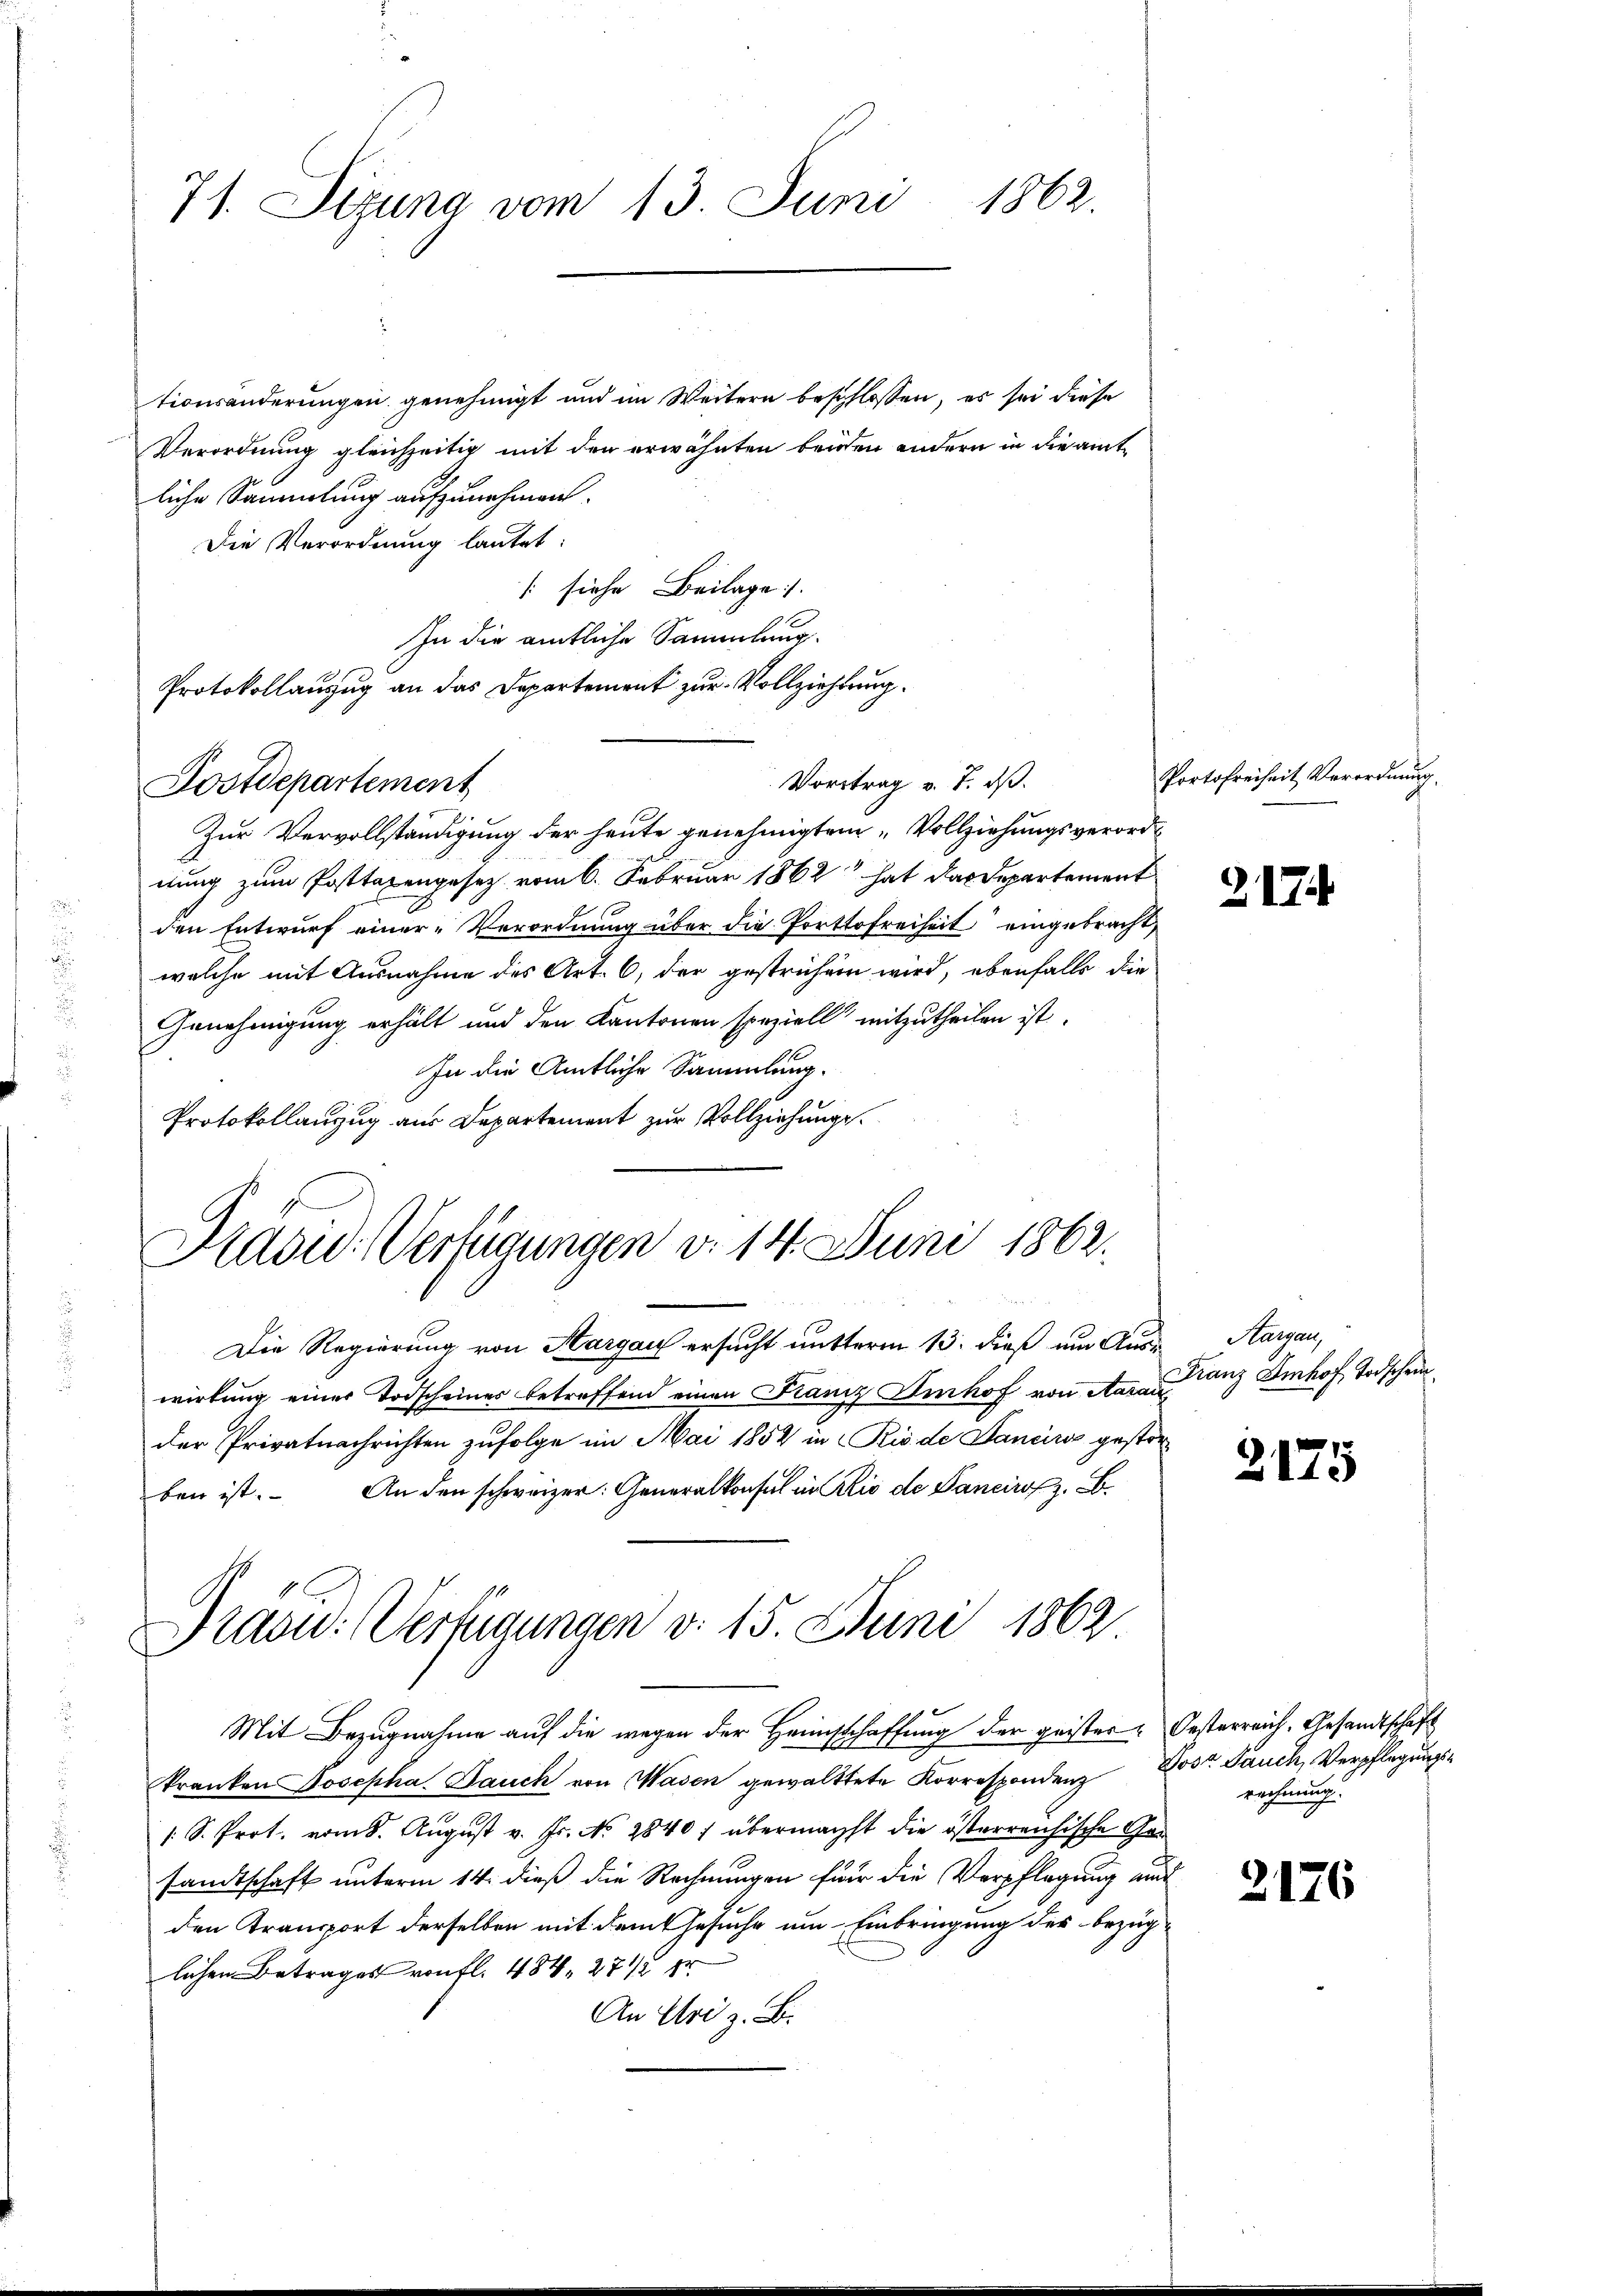
1862.
71. Dezuna vom 13. Juni

tionsänderungen genehmigt und im Weitern beschlossen, es sei diese
Verordnung gleichzeitig mit den erwähnten beiden andern in die amtliche Sammlung aufzunehmen.
Die Verordnung lautet:
[siehe Beilage.
In die amtliche Sammlung.
Protokollanzug an das Departement zur Vollziehtung.
Zur Vervollständigung der heute genehmigten „Vollziehungsverordnung zum Posttaxengesetz vom 6. Februar 1862 hat das Departement
den Entwurf einer-Verordnung über die Portofreiheit eingebracht,
welche mit Ausnahme des Art. 6, der gestrichen wird, ebenfalls die
Genehmigung erhält und den Kantonen speziell mitzutheilen ist.
In die Amtliche Sammlung.
Protokollanzug aus Departement zur Vollziehung.
Grasw. Verfügungen d. 14. Juni 1862.
Die Regierung von Aargau ersucht nutterm 13. dieß um Auswirkung einer Todscheiner betreffend einen Franz Einhof von Aarau
der Privatnachrichten zufolge im Mai 1854 in Rio de Januss gestor-
ben ist. An den schweizer: Generalkonsul in Rio de Banciroz. B.

Postdepartement

Vortrag v. 7. ds.

Präsid.: Verfügungen d. 15. Juni 1862

Portofreiheit Verordnung.

Mit Bezugnahme auf die wegen der Heimschaffung der geister-Oesterreich, Gesandtschaft
kranken Josepha Bauch von Wasen gewalttete Korrespondenz Post. Jauch, Verpflegungs¬
/S. Prot. vom 8. August v. Fr. No 2840 f übermachst die österreichische Ger
sandtschaft unterm 14. dieß die Rechnungen für die Verpflegung und
den Transport derselben mit dem Gesuche um Einbringung des bezüglichen Betrages von fl. 484, 27 1/2 pr
An Uri z. B.

2174

Aargau,
Franz Imhof Todschein

2175

rechnung.

2176